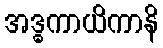
အဒ္ဓကာယိကာနိ